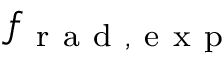
f _ { \mathrm { ~ r ~ a ~ d ~ , ~ e ~ x ~ p ~ } }